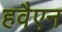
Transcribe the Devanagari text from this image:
हवैएन